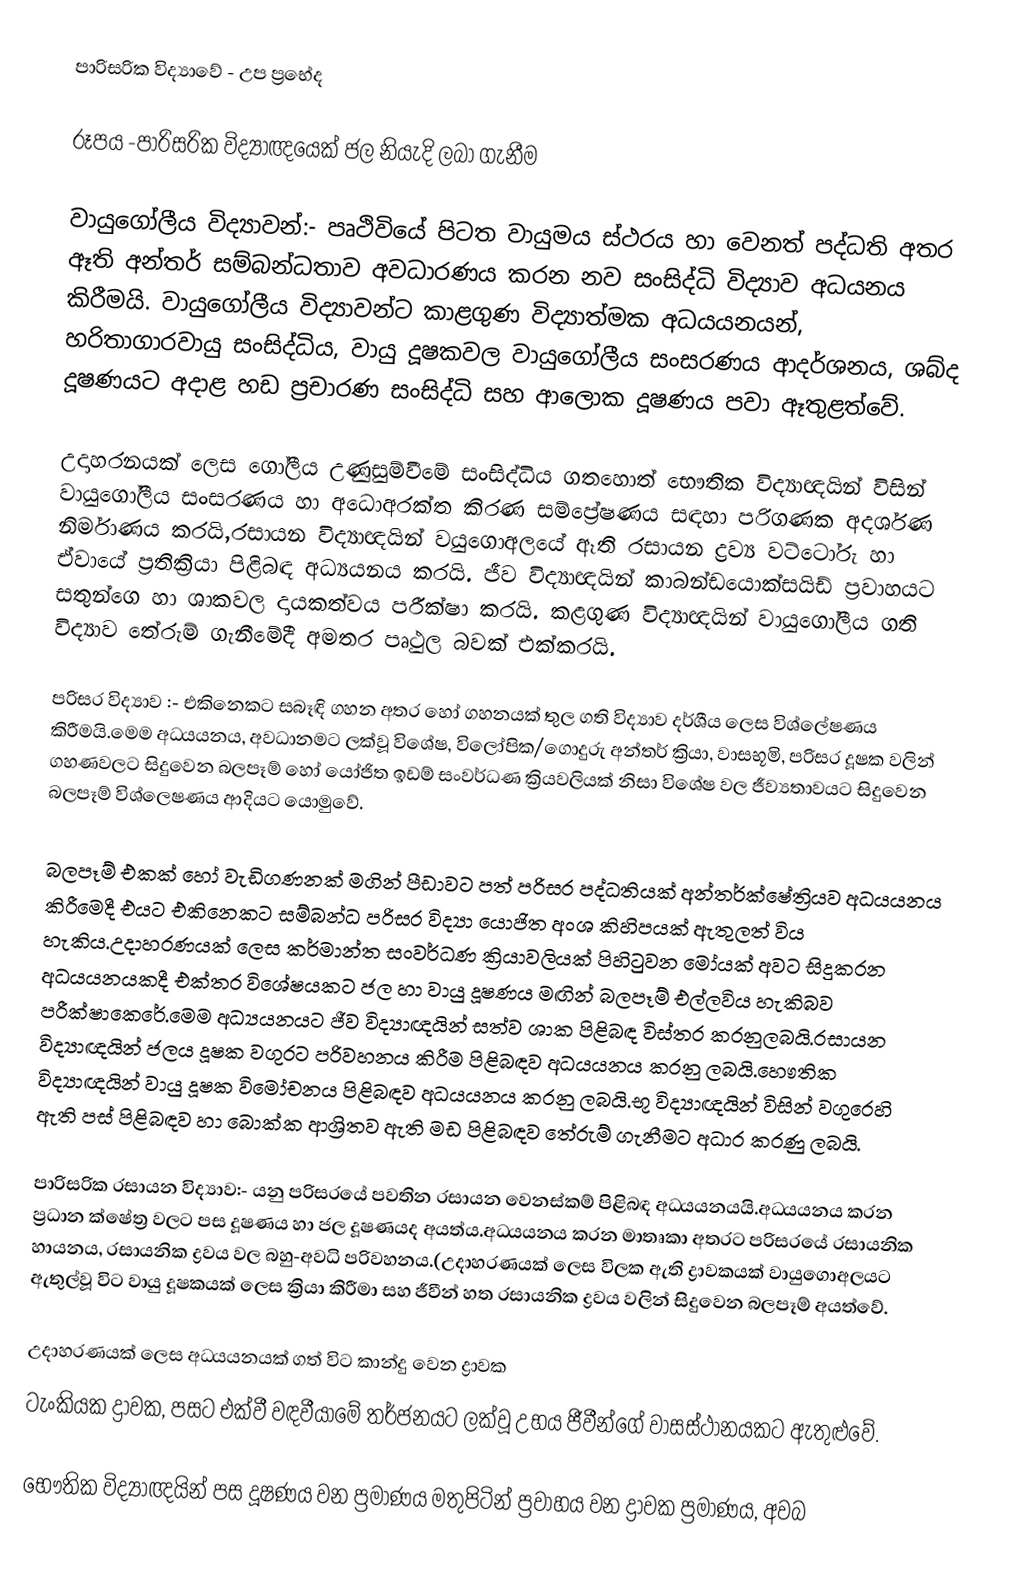
පාරිසරික විද්‍යාවේ - උප ප්‍රභේද

රූපය -පාරිසරික විද්‍යාඥයෙක් ජල නියැදි ලබා ගැනීම

වායුගෝලීය විද්‍යාවන්:- පෘථිවියේ පිටත වායුමය ස්ථරය හා වෙනත් පද්ධති අතර ඈති අන්තර් සම්බන්ධතාව අවධාරණය කරන නව සංසිද්ධි විද්‍යාව අධ‍යනය කිරීමයි. වායුගෝලීය විද්‍යාවන්ට කාළගුණ  විද්‍යාත්මක අධ‍යයනයන්, හරිතාගාරවායු සංසිද්ධිය, වායු දූෂකවල වායුගෝලීය සංසරණය ආදර්ශනය, ශබ්ද දූෂණයට අදාළ හඩ ප්‍රචාරණ සංසිද්ධි සහ ආලොක දූෂණය පවා ඈතුළත්වේ.

උදාහරනයක් ලෙස ගෝලීය උණුසුම්වීමේ සංසිද්ධිය ගතහොත් භෞතික විද්‍යාඥයින් විසින් වායුගෝලීය සංසරණය හා අධොඅරක්ත   කිරණ සම්ප්‍රේෂණය සඳහා පරිගණක අදර්ශණ නිර්මාණය කරයි,රසායන විද්‍යාඥයින් වයුගොඅලයේ ඈති රසායන ද්‍රව‍්‍ය  වට්ටෝරු හා ඒවායේ ප්‍රතික්‍රියා පිළිබඳ අධ‍්‍යයනය කරයි. ජීව විද්‍යාඥයින් කාබන්ඩයොක්සයිඩ් ප්‍රවාහයට සතුන්ගෙ හා     ශාකවල දායකත්වය      පරීක්ෂා කරයි. කළගුණ විද්‍යාඥයින් වායුගෝලීය ගති විද්‍යාව තේරුම් ගැනීමේදී අමතර පෘථුල බවක් එක්කරයි.

පරිසර විද්‍යාව :-  එකිනෙකට සබෑඳි ගහන අතර හෝ ගහනයක් තුල ගති විද්‍යාව දර්ශීය ලෙස විශ්ලේෂණය කිරීමයි.මෙම අධ‍්‍යයනය, අවධානමට ලක්වූ විශේෂ, විලෝපික/ගොදුරු අන්තර් ක්‍රියා, වාසභූමි, පරිසර දූෂක වලින් ගහණවලට සිදුවෙන බලපෑම් හෝ යෝජිත ඉඩම් සංවර්ධණ ක්‍රියවලියක් නිසා විශේෂ  වල ජීව්‍යතාවයට සිදුවෙන බලපෑම් විශ්ලෙෂණය ආදියට යොමුවේ.

බලපෑම් එකක් හෝ  වැඩිගණනක් මගින් පීඩාවට  පත් පරිසර පද්ධතියක් අන්තර්ක්ෂේත්‍රියව අධ‍්‍යයනය කිරීමෙදී එයට එකිනෙකට සම්බන්ධ පරිසර විද්‍යා යොජිත අංශ කිහිපයක් ඇතුලත් විය හැකිය.උදාහරණයක් ලෙස කර්මාන්ත සංවර්ධණ ක්‍රියාවලියක් පිහිටුවන මෝයක් අවට සිදුකරන අධ‍්‍යයනයකදී එක්තර විශේෂයකට ජල හා වායු දූෂණය මඟින් බලපෑම් එල්ලවිය හැකිබව පරීක්ෂාකෙරේ.මෙම අධ්‍යයනයට ජීව විද්‍යාඥයින් සත්ව ශාක පිළිබඳ විස්තර කරනුලබයි.රසායන විද්‍යාඥයින් ජලය දූෂක වගුරට පරිවහනය කිරීම පිළිබඳව අධ‍යයනය කරනු ලබයි.හෞතික විද්‍යාඥයින් වායු දූෂක විමෝචනය පිළිබඳව අධ‍යයනය කරනු ලබයි.භූ විද්‍යාඥයින් විසින් වගුරෙහි ඇති පස් පිළිබඳව  හා බොක්ක ආශ්‍රිතව ඇති මඩ පිළිබඳව   තේරුම් ගැනීමට අධාර කරණු  ලබයි.

පාරිසරික රසායන විද්‍යාව:- යනු පරිසරයේ පවතින රසායන  වෙනස්කම් පිළිබඳ අධ‍්‍යයනයයි.අධ‍්‍යයනය කරන ප්‍රධාන ක්ෂේත්‍ර වලට පස දූෂණය හා ජල දූෂණයද අයත්ය.අධ‍්‍යයනය කරන මාතෘකා අතරට පරිසරයේ රසායනික හායනය, රසායනික ද්‍රව‍ය වල බහු-අවධි පරිවහනය.(උදාහරණයක් ලෙස විලක ඇති ද්‍රාවකයක් වායුගොඅලයට ඇතුල්වූ විට වායු දූෂකයක් ලෙස ක්‍රියා කිරීමා සහ ජීවීන් හත රසායනික ද්‍රව‍ය වලින් සිදුවෙන    බලපෑම් අයත්වේ.

උදාහරණයක් ලෙස අධ‍්‍යයනයක් ගත් විට කාන්දු වෙන ද්‍රාවක
ටැංකියක  ද්‍රාවක, පසට එක්වී වඳවීයාමේ තර්ජනයට ලක්වූ උභය ජීවීන්ගේ වාසස්ථානයකට  ඇතුළුවේ.

භෞතික විද්‍යාඥයින්  පස දූෂණය වන ප්‍රමාණය මතුපිටින් ප්‍රවාහය වන ද්‍රාවක ප්‍රමාණය, අවබ